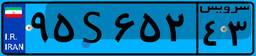
۲۴S۵۰۱۲۶